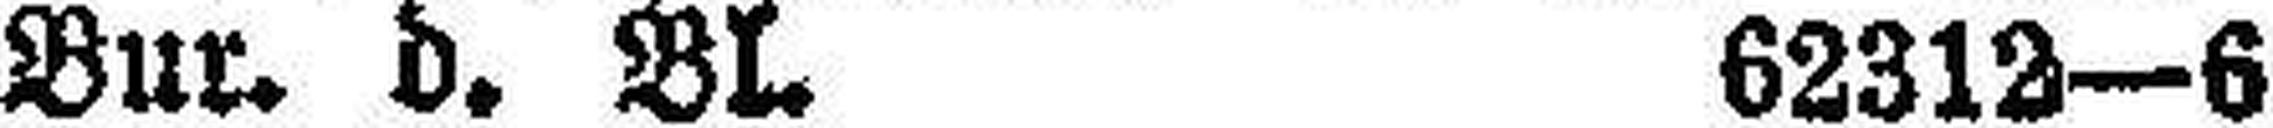
Bur. d. Bl. 62312—6